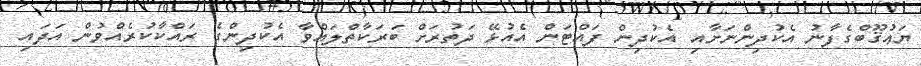
ޔަޢުޤޫބްގެފާނު އެކުދިންނަށާއި އެކުދިން ފައްޓަން އެއުޅޭ ދަތުރަށް ބަރަކާތްލައްވާ އެކުދިންގެ ރައްކާކުރެއްވުން އަދައި